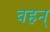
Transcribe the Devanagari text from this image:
वहन्